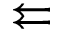
\leftleftarrows